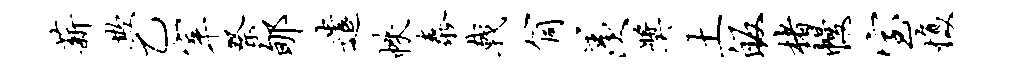
薪欺乙宰祭郇遣帙泰戟筒羡奖土皈楮幔室愎